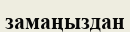
замаңыздан